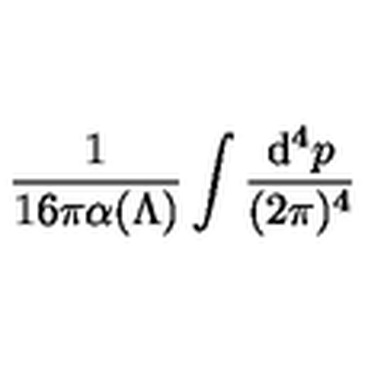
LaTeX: \frac { 1 } { 1 6 \pi \alpha ( \Lambda ) } \int { \frac { \mathrm { d } ^ { 4 } p } { ( 2 \pi ) ^ { 4 } } }